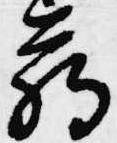
臈